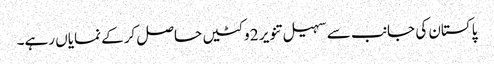
پاکستان کی جانب سے سہیل تنویر 2 وکٹیں حاصل کرکے نمایاں رہے۔